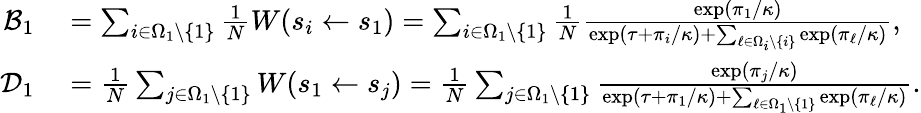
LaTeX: \begin{array}{rl}{\mathcal{B}_{1}}&{{}=\sum_{i\in\Omega_{1}\backslash\{ 1\} }\frac{1}{N}W(s_{i}\gets s_{1})=\sum_{i\in\Omega_{1}\backslash\{ 1\} }\frac{1}{N}\frac{\exp(\pi_{1}/\kappa)}{\exp(\tau+\pi_{i}/\kappa)+\sum_{\ell\in\Omega_{i}\backslash\{ i\} }\exp(\pi_{\ell}/\kappa)},}\\ {\mathcal{D}_{1}}&{{}=\frac{1}{N}\sum_{j\in\Omega_{1}\backslash\{ 1\} }W(s_{1}\gets s_{j})=\frac{1}{N}\sum_{j\in\Omega_{1}\backslash\{ 1\} }\frac{\exp(\pi_{j}/\kappa)}{\exp(\tau+\pi_{1}/\kappa)+\sum_{\ell\in\Omega_{1}\backslash\{ 1\} }\exp(\pi_{\ell}/\kappa)}.}\end{array}